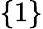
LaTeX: \{ 1\}